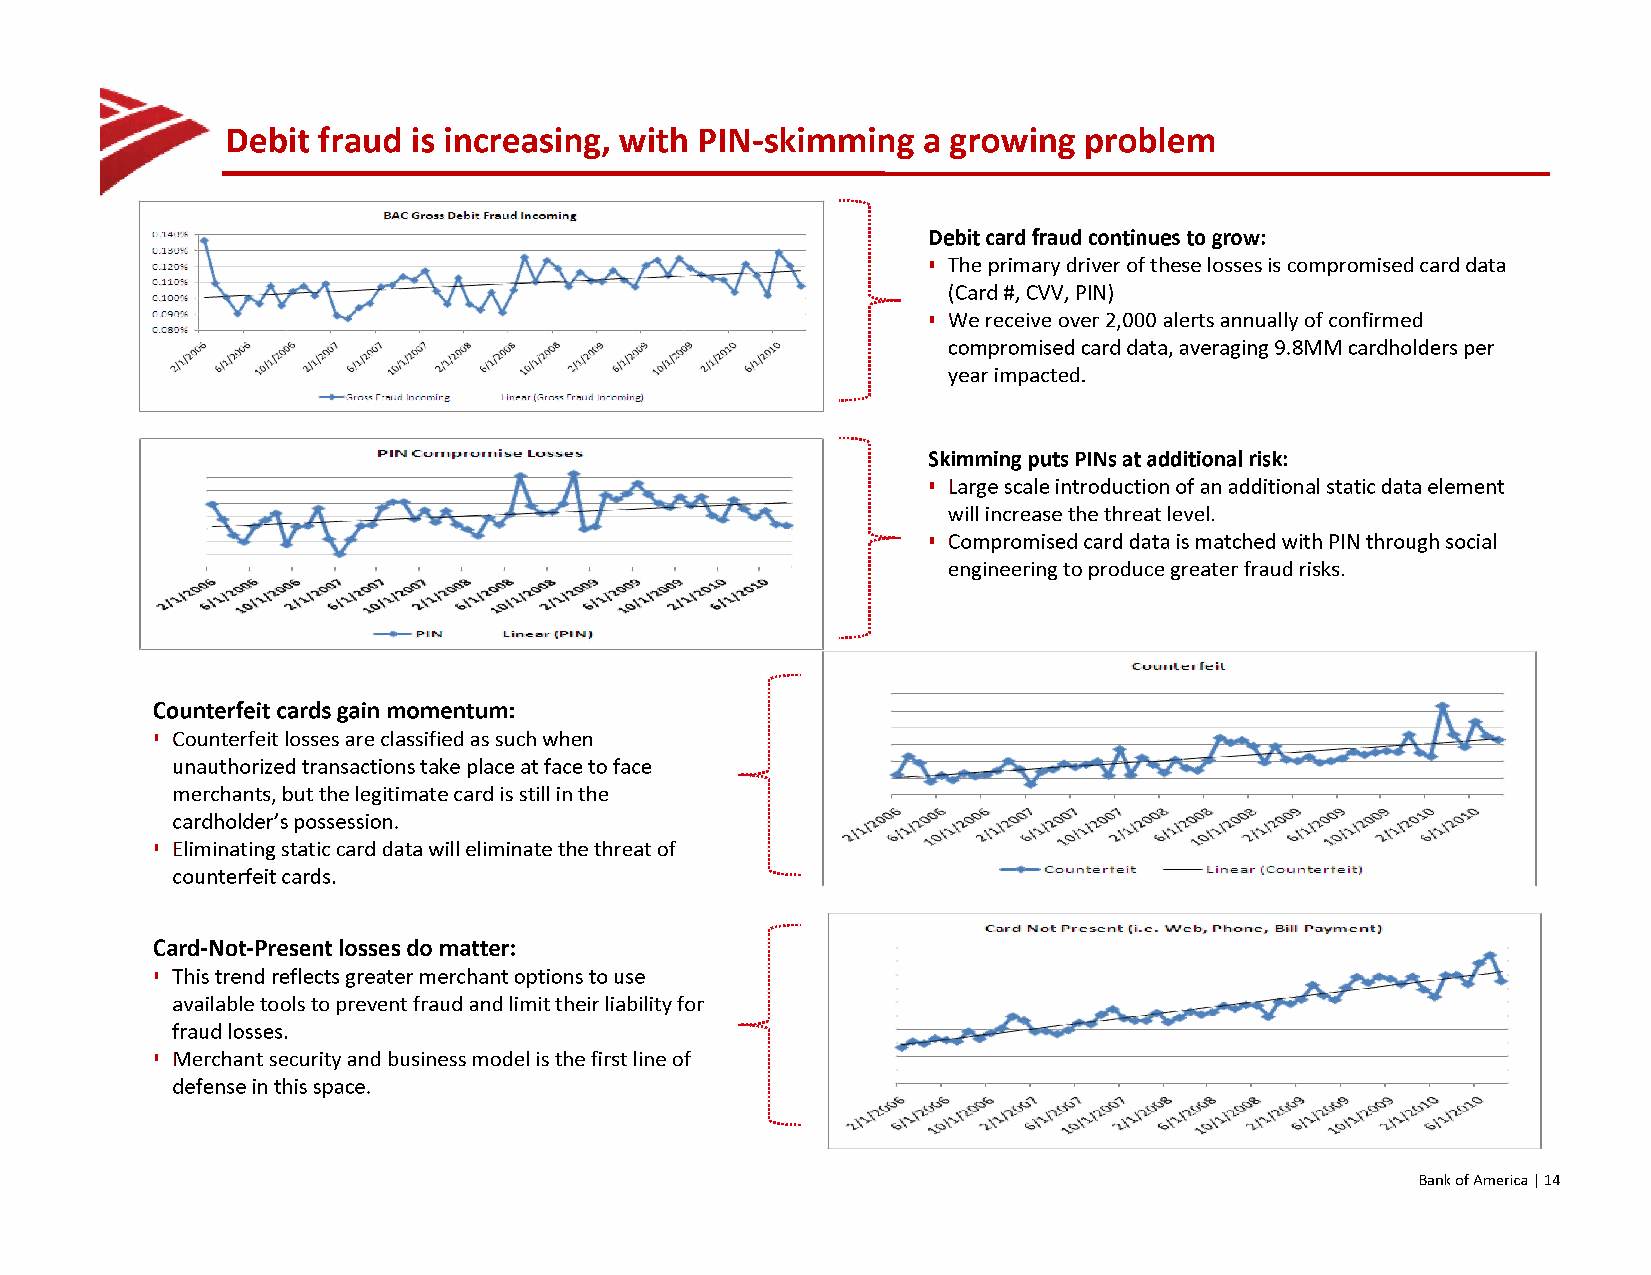
Debit fraud is increasing, with PIN-skimming  a growing  problem
 [tphg uer ra pgp orhas epil shl u oissnt lrnyao:t ]tin lgab tehlee dfo alnlodw iisn fgo rp oililnutsst.r ative
 Debit card fraud continues to grow:
 •          The primary driver of these losses is compromised card data
 (Card #, CVV, PIN)
 •           We receive over 2,000 alerts annually of confirmed
 compromised card data, averaging 9.8MM cardholders per
 year impacted.
 Skimming puts PINs at additional risk:
 [tphg uer ra pgp orhas epil shl u oissnt lrnyao:t ]tin lgab tehlee dfo alnlodw iisn fgo rp oililnutsst rative
 •        Large scale introduction of an additional static data element
 will increase the threat level.
 • Compromised card data is matched with PIN through social
 engineering to produce greater fraud risks.
 [ggrraapphh i sil lnuostt rlaatbinelge dth aen pdr eisv ifoour si lpluositnrtast ive purposes only:]
 Counterfeit cards gain momentum:
 • Counterfeit losses are classified as such when
 unauthorized transactions take place at face to face
 merchants, but the legitimate card is still in the
 cardholder's possession.
 • Eliminating static card data will eliminate the threat of
 counterfeit cards.
 [ggrraapphh i sil lnuostt rlaatbinelge dth aen pdr eisv ifoour si lpluositnrtast ive purposes only:]
 Card-Not-Present losses do matter:
 •         This trend reflects greater merchant options to use
 available tools to prevent fraud and limit their liability for
 fraud losses.
 •  Merchant security and business model is the first line of
 defense in this space.